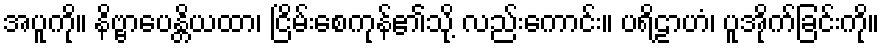
အပူကို။ နိဗ္ဗာပေန္တိယထာ၊ ငြိမ်းစေကုန်၏သို့ လည်းကောင်း။ ပရိဠာဟံ၊ ပူအိုက်ခြင်းကို။